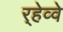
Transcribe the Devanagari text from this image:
र्‍हेव्वे